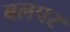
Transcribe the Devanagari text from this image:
बलपर